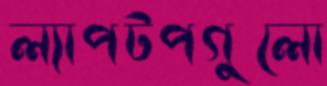
ল্যাপটপগুলো